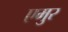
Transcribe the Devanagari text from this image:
एमुर